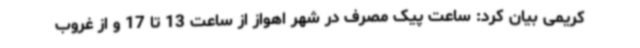
کریمی بیان کرد: ساعت پیک مصرف در شهر اهواز از ساعت 13 تا 17 و از غروب